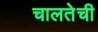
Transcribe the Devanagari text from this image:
चालतेची